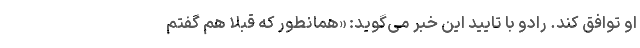
او توافق کند. رادو با تایید این خبر می‌گوید: «همانطور که قبلا هم گفتم